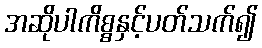
အဆိုပါကိစ္စနှင့်ပတ်သက်၍